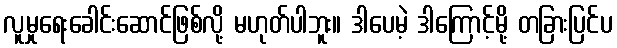
လူမှုရေးခေါင်းဆောင်ဖြစ်လို့ မဟုတ်ပါဘူး။ ဒါပေမဲ့ ဒါကြောင့်မို့ တခြားပြင်ပ